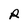
Character: R